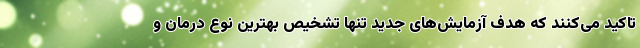
تاکید می‌کنند که هدف آزمایش‌های جدید تنها تشخیص بهترین نوع درمان و